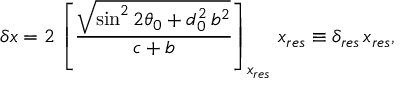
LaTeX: \delta x = 2 \, \left[ \frac { \sqrt { \sin ^ { 2 } 2 \theta _ { 0 } + d _ { 0 } ^ { 2 } \, b ^ { 2 } } } { c + b } \right] _ { x _ { r e s } } \, x _ { r e s } \equiv \delta _ { r e s } \, x _ { r e s } ,